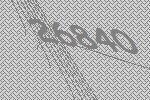
26840